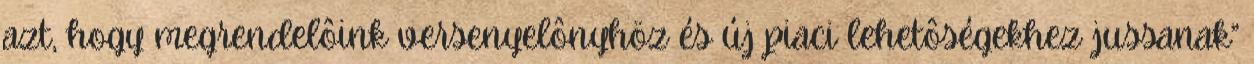
azt, hogy megrendelôink versenyelônyhöz és új piaci lehetôségekhez jussanak”